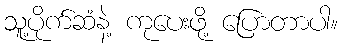
သူ့ပိုက်ဆံနဲ့ ကုပေးဖို့ ပြောတာပါ။